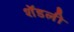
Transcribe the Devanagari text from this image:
शॅडली